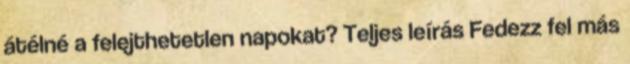
átélné a felejthetetlen napokat? Teljes leírás Fedezz fel más